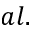
a l .